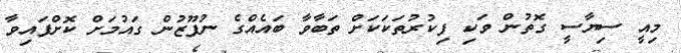
މިއީ ސިޔާސީ ގޮތުން ވަކި ފިކުރުތަކަކަށް ތަބާވާ ބައެއްގެ ނުފޫޒުން ގައުމަށް ކޮށްފައިވާ